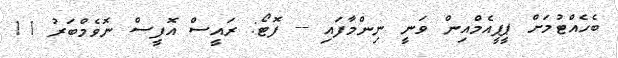
ބެހެއްޓުމަށް ޕީޕީއެމްއިން ވަނީ ނިންމާފައި -- ފޮޓޯ: ރައީސް އޮފީސް ނޮވެމްބަރު 11